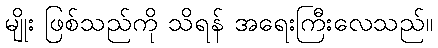
မျိုး ဖြစ်သည်ကို သိရန် အရေးကြီးလေသည်။